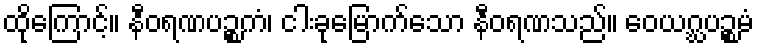
ထိုကြောင့်။ နီဝရဏပဉ္စကံ၊ ငါးခုမြောက်သော နီဝရဏသည်။ ဝေယဂ္ဃပဉ္စမံ